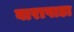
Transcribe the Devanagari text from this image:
बारापाडा